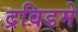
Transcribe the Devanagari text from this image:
द्रविडमे